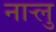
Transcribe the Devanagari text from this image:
नार्‍लु